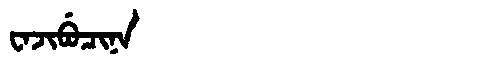
Manchu: ᠸᠠᠵᡳᠪᡠᠴᡳᠨᠠ
Romanization: WAJIBUCINA